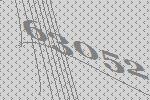
63052